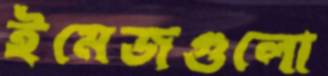
ইমেজগুলো